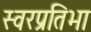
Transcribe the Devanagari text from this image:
स्वरप्रतिभा